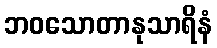
ဘဝသောတာနုသာရိနံ